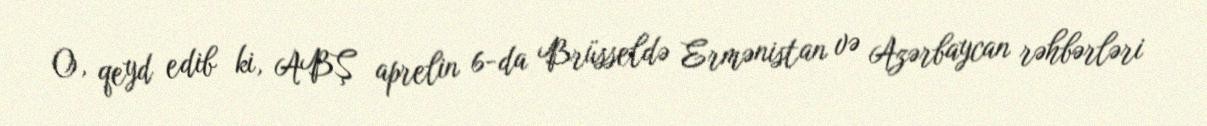
O, qeyd edib ki, ABŞ aprelin 6-da Brüsseldə Ermənistan və Azərbaycan rəhbərləri